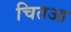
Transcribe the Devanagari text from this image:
चितआ